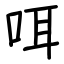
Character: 咡